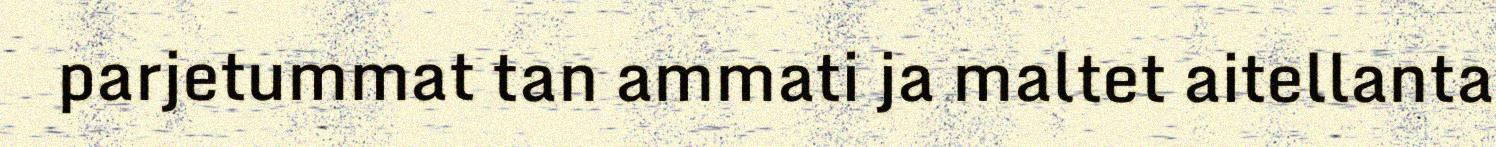
parjetummat tan ammati ja maltet aitellanta